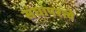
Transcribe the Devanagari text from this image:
संघापरत्वे